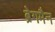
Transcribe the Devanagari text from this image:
ब्रेगमैन